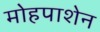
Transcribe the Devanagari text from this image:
मोहपाशेन